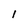
Character: 1